Problem: 45 + 24 = ?
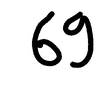
Handwritten answer: 69